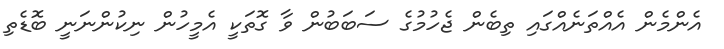
އެންމެން އެއްތަނެއްގައި ތިބެން ޖެހުމުގެ ސަބަބުން ވާ ގޮތަކީ އެމީހުން ނިކުންނަނީ ބޮޑެތި